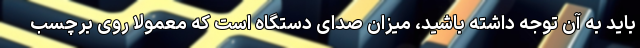
باید به آن توجه داشته باشید، میزان صدای دستگاه است که معمولا روی برچسب